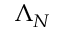
\Lambda _ { N }